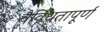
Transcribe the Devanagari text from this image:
वैविधतापूर्ण